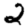
Digit: 2